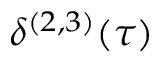
\delta ^ { ( 2 , 3 ) } ( \tau )